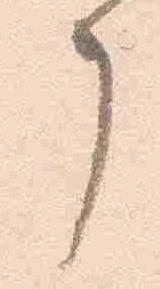
了